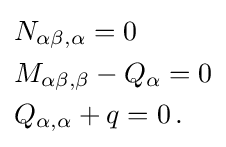
{\begin{aligned}&N_{\alpha \beta ,\alpha }=0\\&M_{\alpha \beta ,\beta }-Q_{\alpha }=0\\&Q_{\alpha ,\alpha }+q=0\,.\end{aligned}}